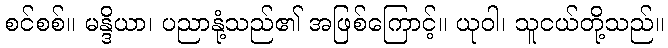
စင်စစ်။ မန္ဒိယာ၊ ပညာနုံ့သည်၏ အဖြစ်ကြောင့်။ ယုဝါ၊ သူငယ်တို့သည်။